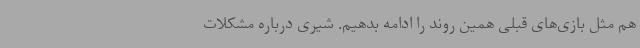
هم مثل بازی‌های قبلی همین روند را ادامه بدهیم. شیری درباره مشکلات